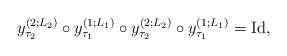
LaTeX: \begin{gather*}y_{\tau_2}^{(2;L_2)}\circ y_{\tau_1}^{(1;L_1)}\circ y_{\tau_2}^{(2;L_2)}\circ y_{\tau_1}^{(1;L_1)} = \mathrm{Id},\end{gather*}